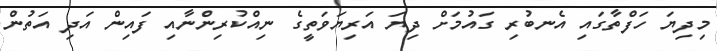
މިދިޔަ ހަފްތާގައި އެނބުރި ގައުމަށް ދިޔަ އަރިޔަވަތީގެ ނިއްކުރިންނާއި ފައިން އަދި އަތުން